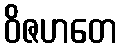
ဝိဇဟတေ